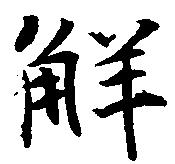
解